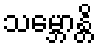
သမ္ဘောန္တိ